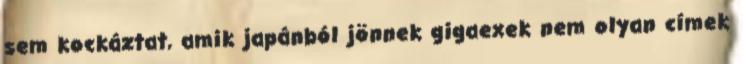
sem kockáztat, amik japánból jönnek gigaexek nem olyan címek